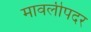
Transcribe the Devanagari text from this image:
मावलीपदर